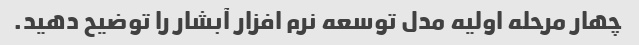
چهار مرحله اولیه مدل توسعه نرم افزار آبشار را توضیح دهید.